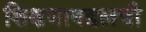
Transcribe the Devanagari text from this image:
शिक्षणाबद्दलची